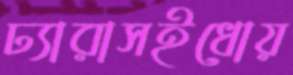
ঢ্যারাসইধোয়